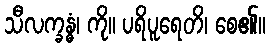
သီလက္ခန္ဓံ၊ ကို။ ပရိပူရေတိ၊ စေ၏။